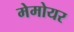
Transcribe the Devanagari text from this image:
मेमोयर